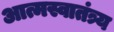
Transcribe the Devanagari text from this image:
आत्मस्वातंत्र्य